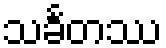
သင်္ခတဿ